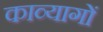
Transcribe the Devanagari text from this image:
काव्यागों